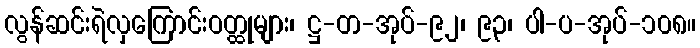
လွန်ဆင်းရဲလှကြောင်းဝတ္ထုများ၊ ဋ္ဌ-တ-အုပ်-၉၂၊ ၉၃၊ ပါ-ပ-အုပ်-၁၀၈။